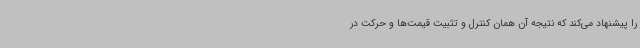
را پیشنهاد می‌کند که نتیجه آن همان کنترل و تثبیت قیمت‌ها و حرکت در